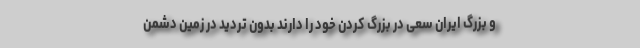
و بزرگ ایران سعی در بزرگ کردن خود را دارند بدون تردید در زمین دشمن